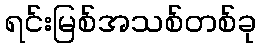
ရင်းမြစ်အသစ်တစ်ခု